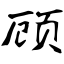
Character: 顾